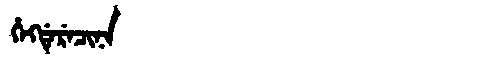
Manchu: ᡥᡝᡴᡩᡝᡵᡝᠴᡳᠨᠠ
Romanization: HEKDERECINA